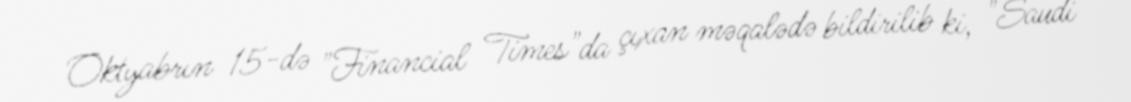
Oktyabrın 15-də "Financial Times"da çıxan məqalədə bildirilib ki, "Saudi